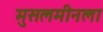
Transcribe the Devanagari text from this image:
मुसलमीनला